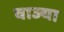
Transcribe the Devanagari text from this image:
वाज्या